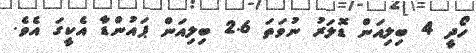
ހޯދީ 4 ބިލިއަން ޑޮލަރު ނުވަތަ 2.6 ބިލިއަން ޕައުންޑާ އެކީގަ އެވެ.